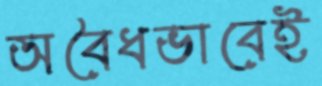
অবৈধভাবেই